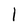
Character: l